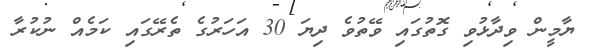
ޔާމީން ވިދާޅުވި ގޮތުގައި ވޭތުވެ ދިޔަ 30 އަހަރުގެ ތެރޭގައި ކަމެއް ނުކުރާ